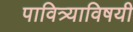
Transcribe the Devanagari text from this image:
पावित्र्याविषयी